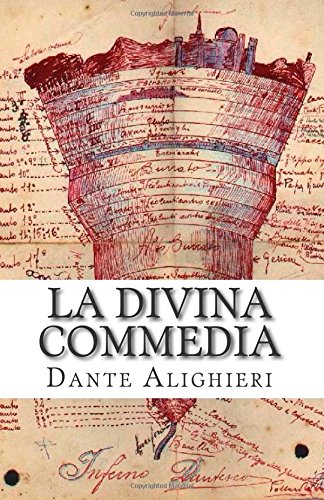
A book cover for La Divina Commedia (Italian Edition); Dante Alighieri; Literature & Fiction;